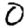
Digit: 0